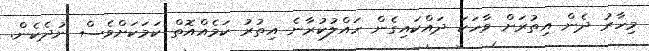
މިހާރު ދެން އިތުރަށް ވާހަކަ ދައްކައިގެން ހައްލުކުރާނެ އިތުރު ކަމެއްއޮތް ކަމަކަށްވެސް ނުދެކެން.